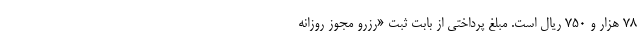
۷۸ هزار و ۷۵۰ ریال است. مبلغ پرداختی از بابت ثبت «رزرو مجوز روزانه